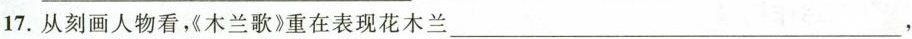
17.从刻画人物看，《木兰歌》重在表现花木兰___,